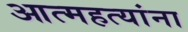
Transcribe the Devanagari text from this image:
आत्महत्यांना